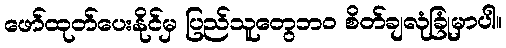
ဖော်ထုတ်ပေးနိုင်မှ ပြည်သူတွေဘဝ စိတ်ချလုံခြုံမှာပါ။